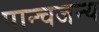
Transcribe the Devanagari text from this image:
पान्चजन्य